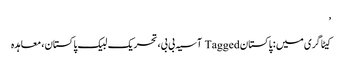
’
کیٹاگری میں : پاکستان Tagged آسیہ بی بی، تحریک لبیک پاکستان، معاہدہ